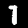
Label: 7